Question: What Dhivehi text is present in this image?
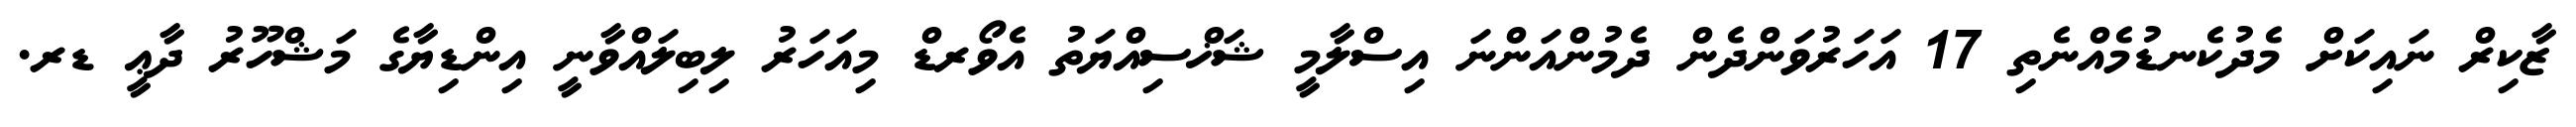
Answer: ޒާކިރް ނައިކަށް މެދުކެނޑުމެއްނެތި 17 އަހަރުވަންދެން ދެމުންއަންނަ އިސްލާމީ ޝަޚްސިއްޔަތު އެވޯރޑް މިއަހަރު ލިބިލައްވާނީ އިންޑިޔާގެ މަޝްހޫރު ދާޢީ ޑރ.